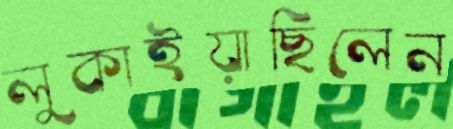
লুকাইয়াছিলেন